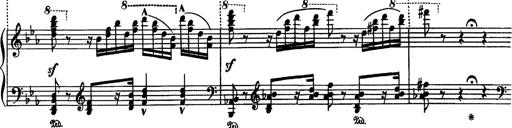
Title: Fantaisie sur des motifs favoris de l'opÃ©ra 'La sonnambula'
Composer: Franz Liszt